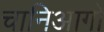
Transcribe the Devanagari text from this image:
चानिआगो